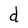
Character: d